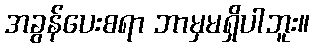
အခွန်ပေးစရာ ဘာမှမရှိပါဘူး။